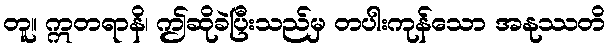
တူ။ ဣတရာနိ၊ ဤဆိုခဲပြီးသည်မှ တပါးကုန်သော အနုဿတိ